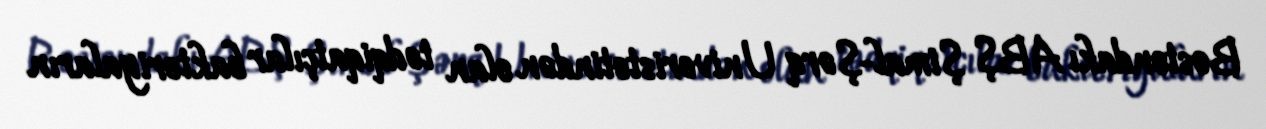
Bostondakı ABŞ Şimal-Şərq Univeristetindən olan tədqiqatçılar bakteriyaların